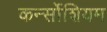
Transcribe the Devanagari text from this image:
कर्न्सोशियम